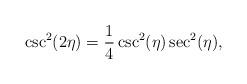
LaTeX: \begin{align*}\csc ^2(2 \eta ) = \frac{1}{4} \csc ^2(\eta ) \sec ^2(\eta ), \end{align*}